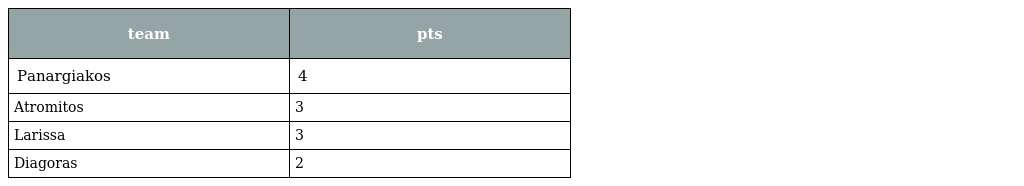
| team | pts |
 | --- | --- |
 | Panargiakos | 4 |
 | Atromitos | 3 |
 | Larissa | 3 |
 | Diagoras | 2 |